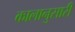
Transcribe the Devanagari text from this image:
कालानुसारी